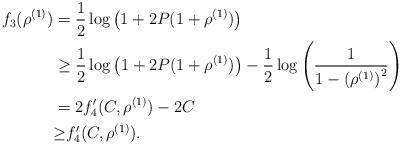
\begin{align*}f_3(\rho^{(1)})&=\frac{1}{2}\log\left(1+2P(1+\rho^{(1)})\right)\\&\geq \frac{1}{2}\log\left(1+2P(1+\rho^{(1)})\right)-\frac{1}{2}\log\left(\frac{1}{1-{\left(\rho^{(1)}\right)}^2}\right)\\&= 2f^\prime_4(C,\rho^{(1)})-2C \\&{\geq} f^\prime_4(C,\rho^{(1)}).\end{align*}